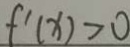
f ^ { \prime } ( x ) > 0